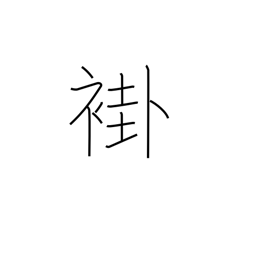
Meaning: ancient ordinary kimono